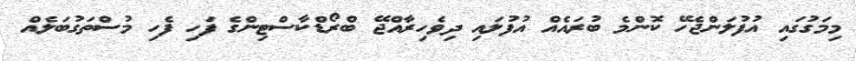
މިމަގުގައި އުފުލަންޖެހޭ ކޮންމެ ބުރައެއް އުފުލައި ދިވެހިރާއްޖޭ ބްރޯޑްކާސްޓިންގެ ފަހި ފެހި މުސްތަގުބަލެއް